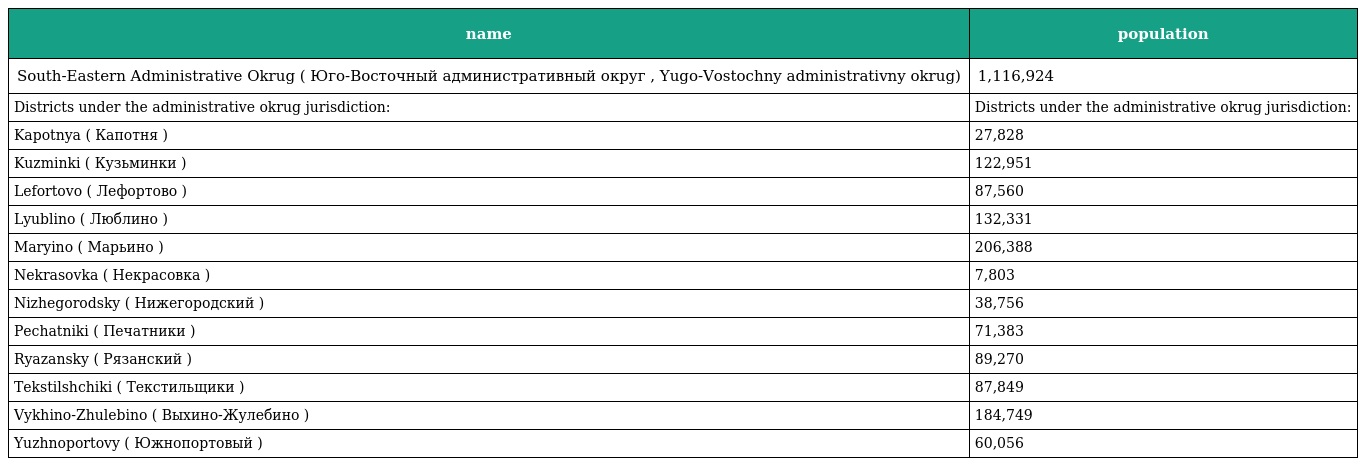
| name | population |
 | --- | --- |
 | South-Eastern Administrative Okrug ( Юго-Восточный административный округ , Yugo-Vostochny administrativny okrug) | 1,116,924 |
 | Districts under the administrative okrug jurisdiction: | Districts under the administrative okrug jurisdiction: |
 | Kapotnya ( Капотня ) | 27,828 |
 | Kuzminki ( Кузьминки ) | 122,951 |
 | Lefortovo ( Лефортово ) | 87,560 |
 | Lyublino ( Люблино ) | 132,331 |
 | Maryino ( Марьино ) | 206,388 |
 | Nekrasovka ( Некрасовка ) | 7,803 |
 | Nizhegorodsky ( Нижегородский ) | 38,756 |
 | Pechatniki ( Печатники ) | 71,383 |
 | Ryazansky ( Рязанский ) | 89,270 |
 | Tekstilshchiki ( Текстильщики ) | 87,849 |
 | Vykhino-Zhulebino ( Выхино-Жулебино ) | 184,749 |
 | Yuzhnoportovy ( Южнопортовый ) | 60,056 |